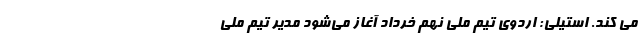
می کند. استیلی: اردوی تیم ملی نهم خرداد آغاز می‌شود مدیر تیم ملی